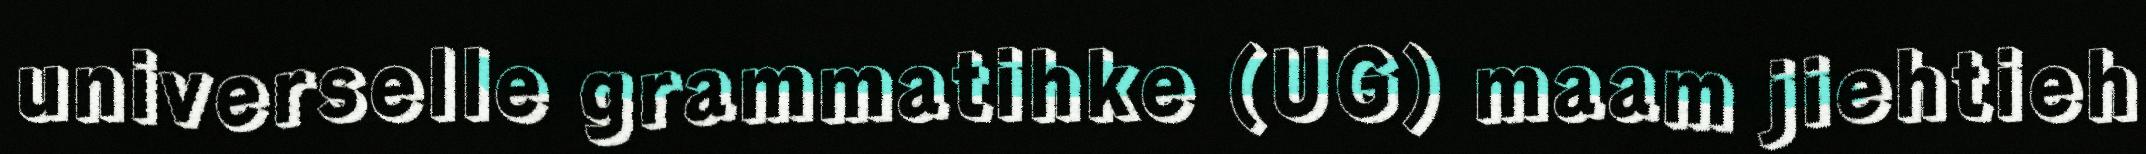
universelle grammatihke (UG) maam jiehtieh